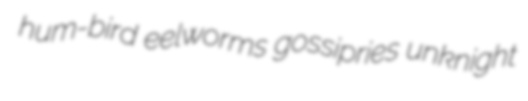
hum-bird eelworms gossipries unknight